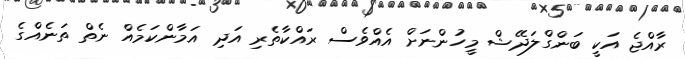
ރާއްޖެ އަކީ ބަންގްލަދޭޝް މީހުންނަށް އެއްވެސް ރައްކާތެރި އަދި އަމާންކަމެއް ނެތް ތަނެއްގެ